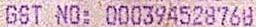
GST NO: 000394528768